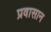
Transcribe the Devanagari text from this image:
प्रवासान